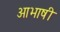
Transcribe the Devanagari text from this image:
आभाषी